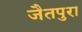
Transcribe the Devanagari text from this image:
जैतपुरा